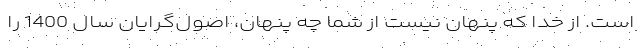
است. از خدا که پنهان نیست از شما چه پنهان، اصول‌گرایان سال 1400 را